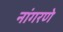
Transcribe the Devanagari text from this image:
नांगरणे